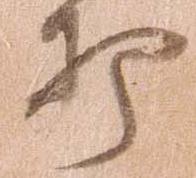
打